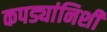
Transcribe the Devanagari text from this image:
कपड्यांनिशी